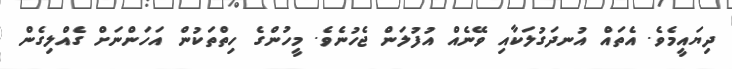
ދިޔައީމެވެ. އެތައް އުނދަގުލަކާއި ވޭނެއް އުފުލަން ޖެހުނެވެ. މީހުންގެ ހިތްތަކުން އަހަންނަށް ގެއްލިގެން